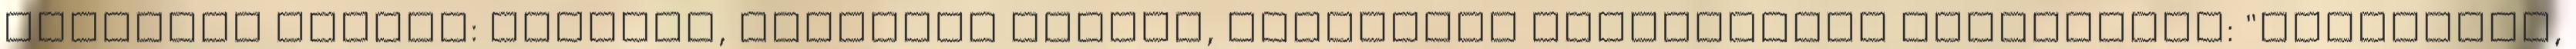
Végtelen Háború: Tyranis, Angelica Butler, Világelme Pólófelirat Reneszánsz: "Szóljatok,